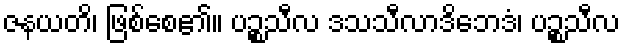
ဇနယတိ၊ ဖြစ်စေ၏။ ပဉ္စသီလ ဒသသီလာဒိဘေဒံ၊ ပဉ္စသီလ